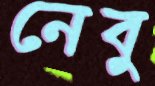
নেবু